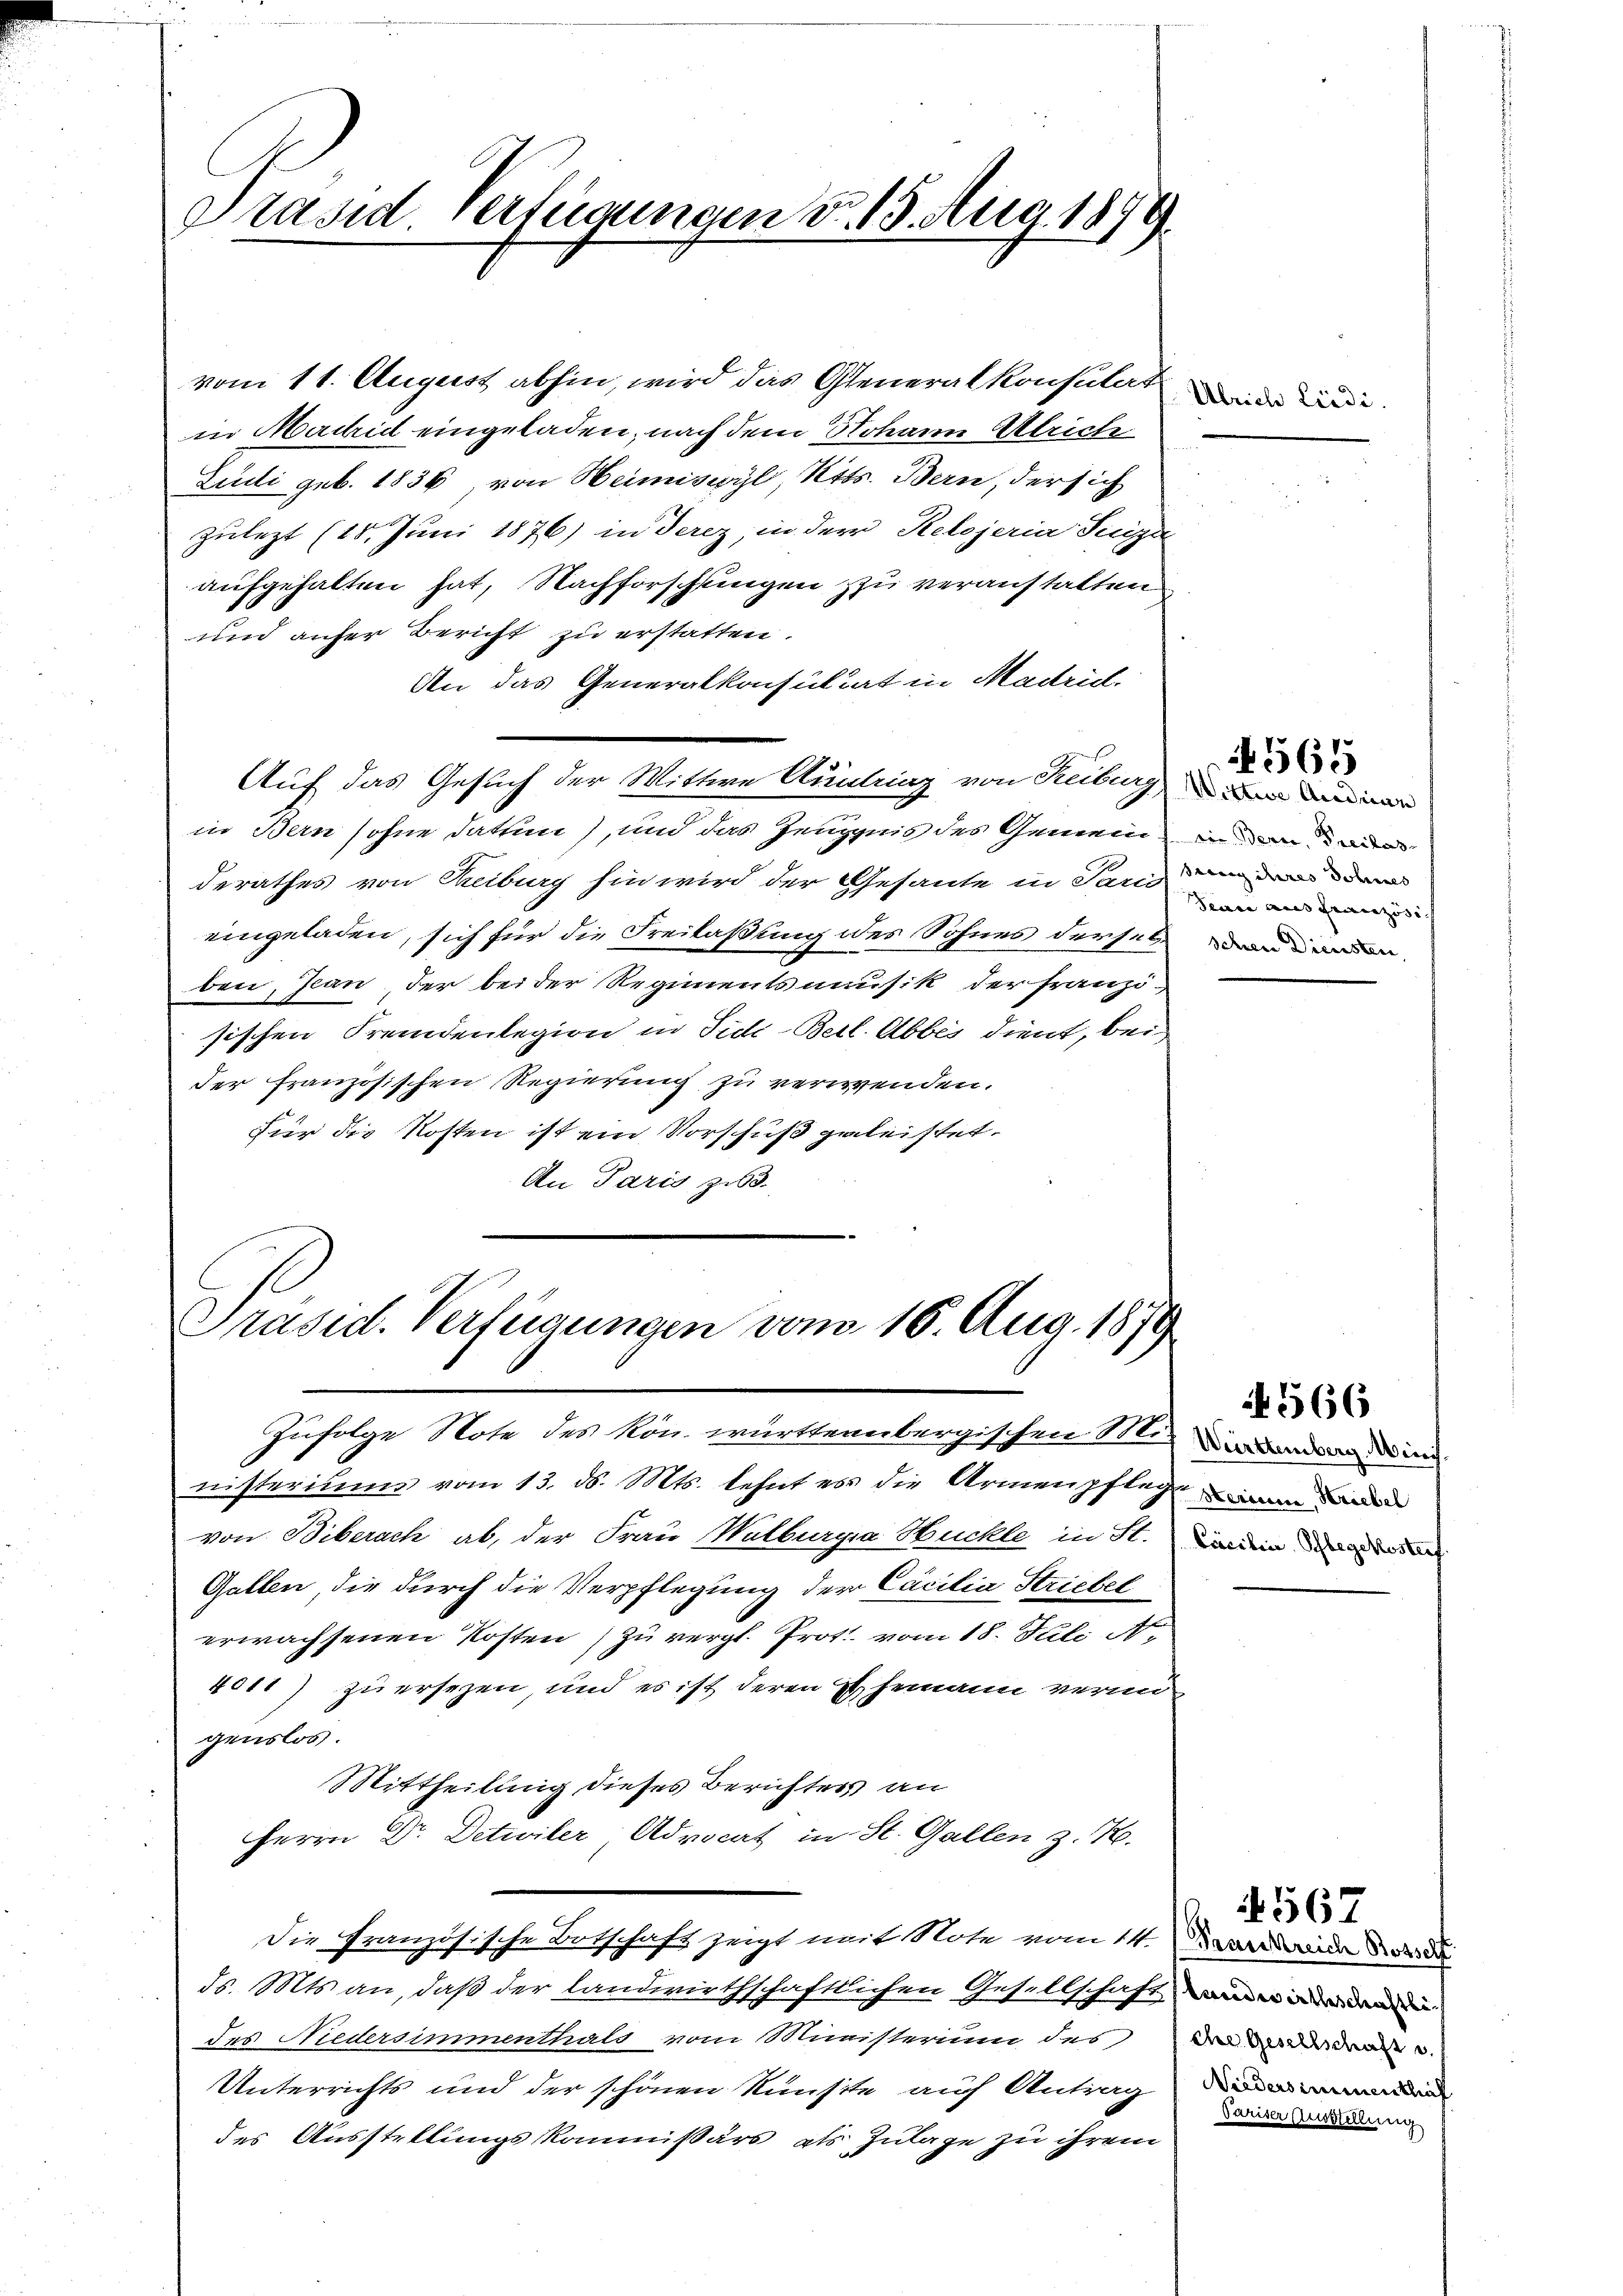
Präsid Verfügungen d. 13. Aug. 1879.

Auf das Gesuch der Wittwe Austring von Reiburg in meiner

vom 11. August abhin, wird das Generalkonsulat
in Machid eingeladen, nach dem Johann Ulrich
Ludi geb. 1836 von Heimiswyl, Kts. Bern, der sich
zulezt (18. Juni 1876) in derez, in der Retojeria Singe
aufgehalten hat, Nachforschungen zu veranstatten
und aufer Bericht zu erstatten.
An das Generalkonsultat in Madrid.
in Bern sohne dation), und das Zeugnis des Gemein in einen
derathes von Treiburg hin wird der Gesandte in Sarg
eingeladen, sich für die Freilaßung des Sohnes derselben anden
ben, Jean, der bei der Regimentsamusik der Franzisischen Fremdenlegion in Sid-Berl. Abbes dient, bei
der französischen Regierung zu verwenden.
Für die Kosten ist ein Vorschuß geleistet.
An Paris zu.
C
Präsid. Verfügungen vom 16. Aug. 1879
Zufolge Note des kön. württembergischen S. die und in
nisteriums vom 13. ds. Mts. lehnt es die Armenpflegen werden
von Biberach ab, der Frau Watburgia Huckle in St. orden den
Gallen, die durch die Verpflegung der Cacilia Striebel
erwachsenen Kosten zu vergl. Prot. vom 18. Juli N.
4011) zu ersezen, und es ist deren Ehemann verungenslos.
Mittheilung dieses Berichters an
Herrn Dr. Detwiler, Advocat in St. Gallen z. B.
Die Französische Botschaft zeigt mit Note vom 14. März wider
ds. Mts. an, daß der landwirthschaftlichen Gesellschaft einem
des Niedersimmenthals vom Ministerium des Die des drast u.
Unterrichts und der schönen Kunstte auf Antrag
des Ausstellungskommissärs als Zulage zu ihrem

Ulrich Liedi

Seare aus Französi

565

566

Niedersimmnenthaf
Pariser Ausstellung

567